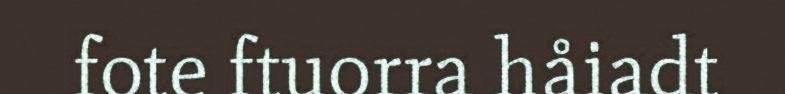
fote ftuorra håiadt